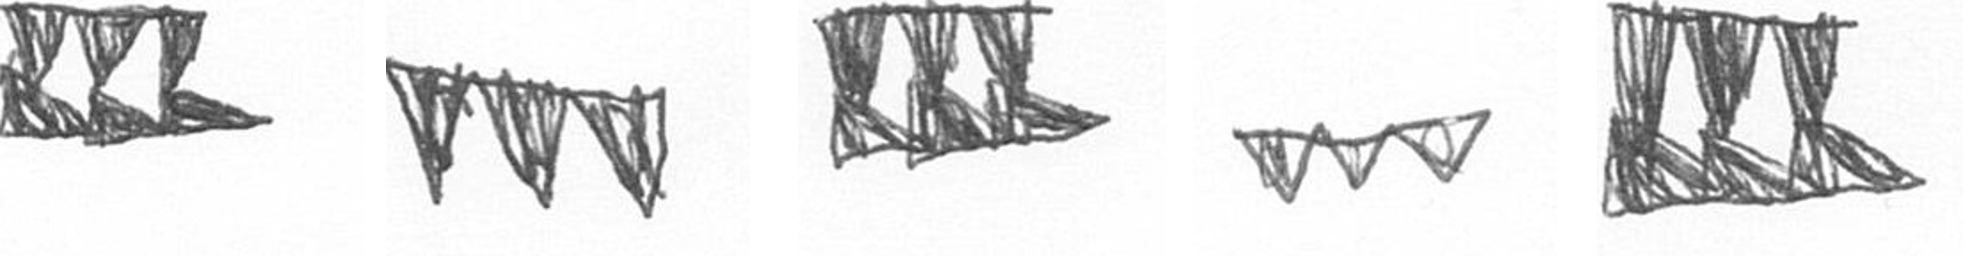
D L D L D